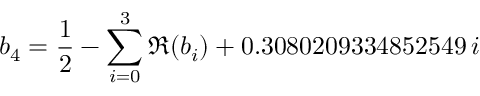
b _ { 4 } = \frac { 1 } { 2 } - \sum _ { i = 0 } ^ { 3 } \Re ( b _ { i } ) + 0 . 3 0 8 0 2 0 9 3 3 4 8 5 2 5 4 9 \, i